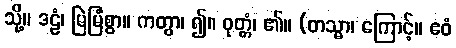
သို့။ ဒဠံ၊ မြဲမြံစွာ။ ကတွာ၊ ၍။ ဝုတ္တံ၊ ၏။ (တသ္မာ၊ ကြောင့်။ ဧဝံ